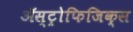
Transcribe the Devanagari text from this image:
ॲस्ट्रोफिजिक्स